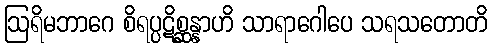
ဩရိမဘာဂေ စိရပ္ပဋိစ္ဆန္နာဟိ သာရာဂေါပေ သရသတောတိ